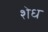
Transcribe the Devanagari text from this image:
शेध